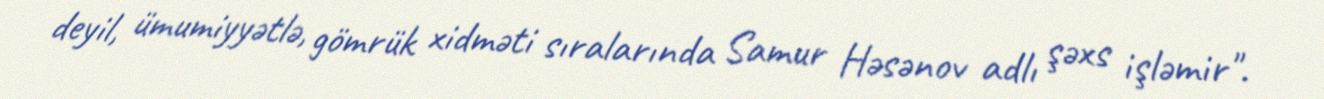
deyil, ümumiyyətlə, gömrük xidməti sıralarında Samur Həsənov adlı şəxs işləmir".